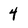
Character: 4